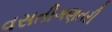
વસતીગણતરી